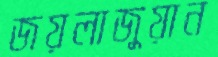
জয়লাজুয়ান